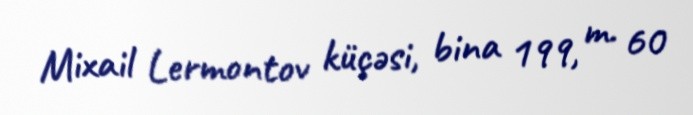
Mixail Lermontov küçəsi, bina 199, m. 60